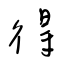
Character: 得